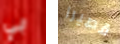
بي قصيرا